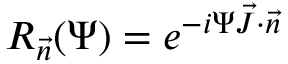
R _ { \vec { n } } ( \Psi ) = e ^ { - i \Psi \vec { J } \cdot \vec { n } }